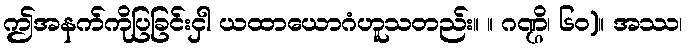
ဤအနက်ကိုပြခြင်းငှါ ယထာယောဂံဟူသတည်း။ ။ ဂဏ္ဌိ၊ ၆၀)။ အဿ၊